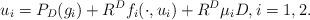
LaTeX: \begin{align*}u_i=P_D (g_i)+R^Df_i(\cdot,u_i)+R^D\mu_iD,i=1,2.\end{align*}